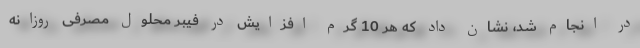
در انجام شد، نشان داد که هر 10 گرم افزایش در فیبر محلول مصرفی روزانه